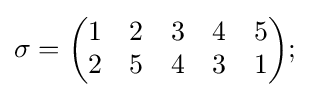
\sigma ={\begin{pmatrix}1&2&3&4&5\\2&5&4&3&1\end{pmatrix}};